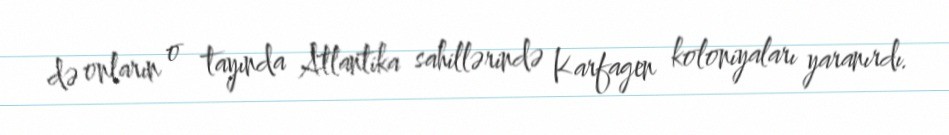
də onların o tayında Atlantika sahillərində Karfagen koloniyaları yaranırdı.